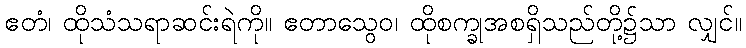
ဧတံ၊ ထိုသံသရာဆင်းရဲကို။ ဧတာသွေဝ၊ ထိုစက္ခုအစရှိသည်တို့၌သာ လျှင်။